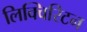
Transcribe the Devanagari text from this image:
लिक्विरिटन